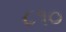
૮૧૦